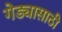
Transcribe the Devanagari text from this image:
गेड्यासाठी